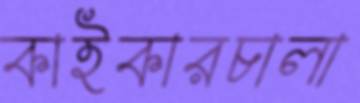
কাইকারচালা